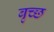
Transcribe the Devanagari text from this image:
बृच्‍छ